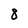
Character: 8